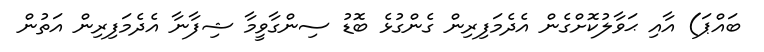
ބައްޕަ) އާއި ޙަވާލުކޮށްގެން އެދެމަފިރިން ގެންގުޅެ ބޮޑު ސިންގާވީމާ ޝިފާނާ އެދެމަފިރިން އަތުން